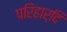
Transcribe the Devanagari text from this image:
परिहार्दि